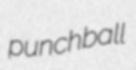
punchball